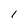
Character: 1